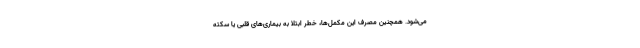
می‌شود. همچنین مصرف این مکمل‌ها، خطر ابتلا به بیماری‌های قلبی یا سکته